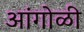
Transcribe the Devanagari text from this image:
आंगोळी